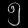
Digit: ၅